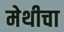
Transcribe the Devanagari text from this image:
मेथीचा